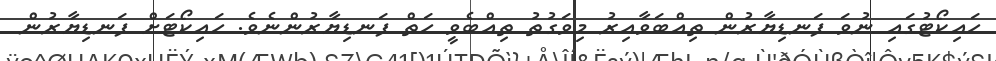
ހައިކޯޓުގައި ނުވަ ފަނޑިޔާރުން ތިއްބަވާއިރު މިވަގުތު ތިއްބެވީ ހަތް ފަނޑިޔާރުންނެެވެ. ހައިކޯޓަށް ފަނޑިޔާރުން